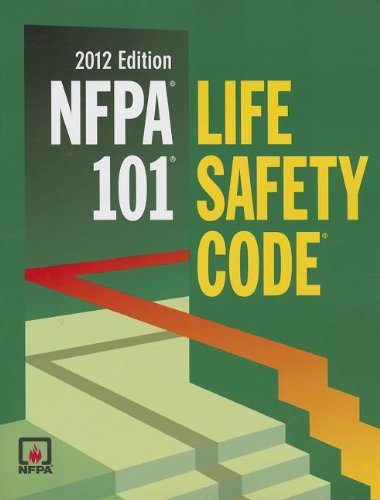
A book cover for Nfpa 101: Life Safety Code, 2012 Edition; Nfpa; Medical Books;